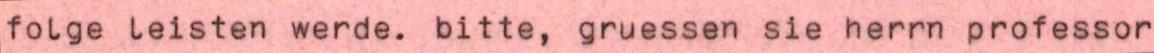
folge leisten werde. bitte, gruessen sie herrn professor